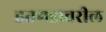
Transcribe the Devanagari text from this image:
हतगडावरील